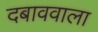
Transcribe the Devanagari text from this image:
दबाववाला